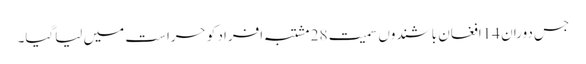
جس دوران 14افغان باشندوں سمیت 28 مشتبہ افراد کو حراست میں لیاگیا۔